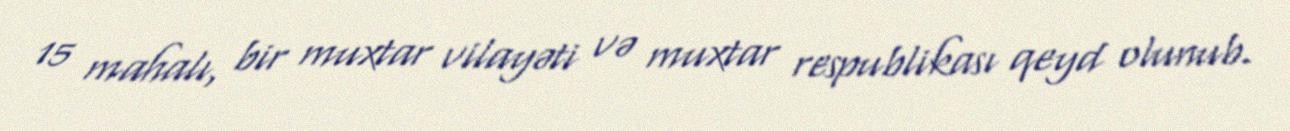
15 mahalı, bir muxtar vilayəti və muxtar respublikası qeyd olunub.